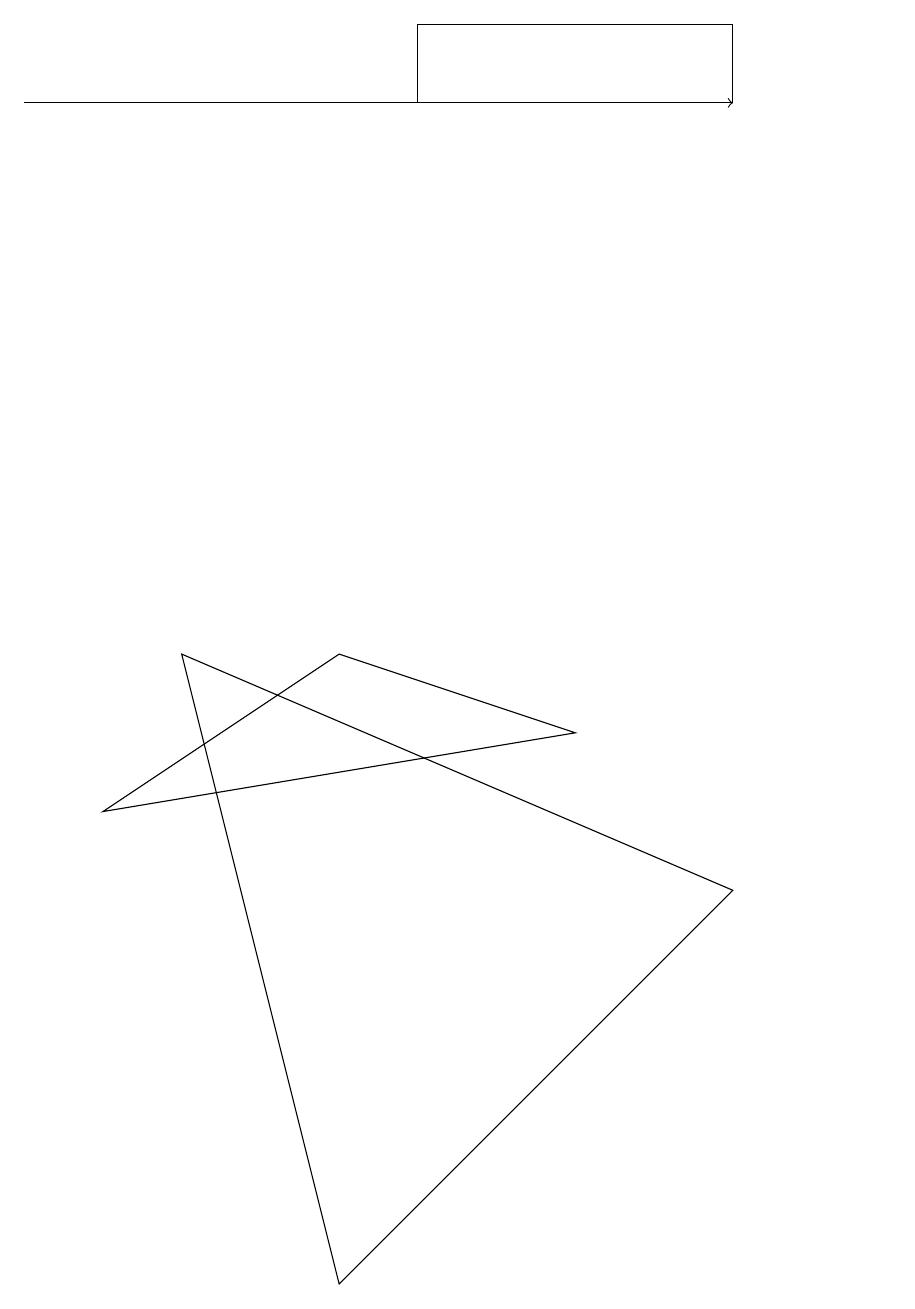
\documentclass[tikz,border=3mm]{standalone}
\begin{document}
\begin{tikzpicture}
\draw (9,6) -- (4,1) -- (2,9) -- cycle;
\draw (1,7) -- (4,9) -- (7,8) -- cycle;
\draw (11,12) circle (0);
\draw (9,17) rectangle (5,16);
\draw[->] (0,16) -- (9,16);
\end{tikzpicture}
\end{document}